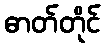
ဓာတ်တိုင်